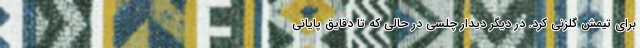
برای تیمش گلزنی کرد. در دیگر دیدار چلسی در حالی که تا دقایق پایانی